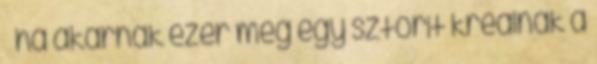
– ha akarnak ezer meg egy sztorit kreálnak a